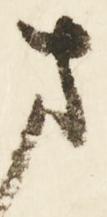
さ